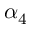
\alpha _ { 4 }